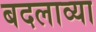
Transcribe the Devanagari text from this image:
बदलाव्या